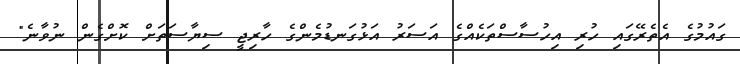
ގައުމުގެ އެތެރޭގައި ހުރި އިހުސާސްތަކެއްގެ އަސަރު އަޅުގަނޑުމެންގެ ހާރިޖީ ސިޔާސަތަށް ކޮށްގެން ނުވާނެ"